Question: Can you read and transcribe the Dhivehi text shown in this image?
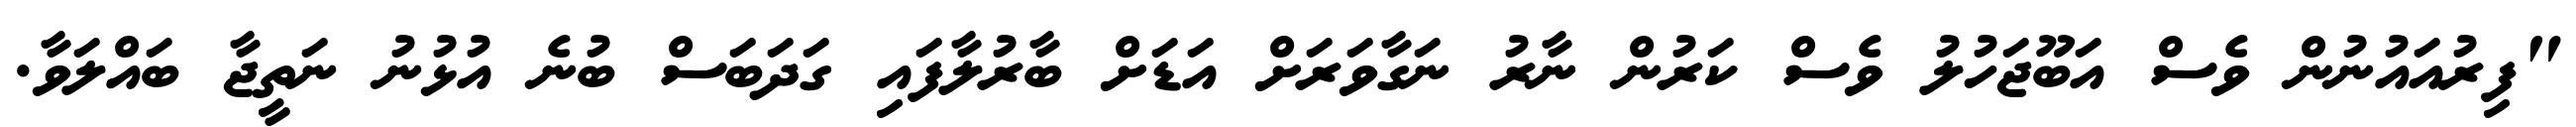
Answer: "ފިރުއައުނުން ވެސް އަބޫޖަހުލު ވެސް ކަރުން ނާރު ނަގާވަރަށް އަޑަށް ބާރުލާފައި ގަދަބަސް ބުނެ އުޅުނު ނަތީޖާ ބައްލަވާ.